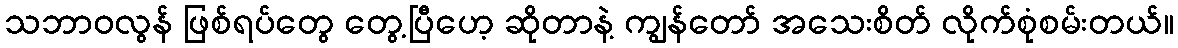
သဘာဝလွန် ဖြစ်ရပ်တွေ တွေ့ပြီဟေ့ ဆိုတာနဲ့ ကျွန်တော် အသေးစိတ် လိုက်စုံစမ်းတယ်။